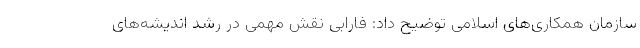
سازمان همکاری‌های اسلامی توضیح داد: فارابی نقش مهمی در رشد اندیشه‌های